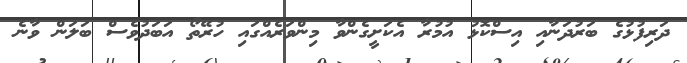
ދަރިފުޅުގެ ބަރުދަނާއި އިސްކޮޅު އުމުރާ އެކަށީގެންވާ މިންވަރެއްގައި ހުރޭތޯ އަބަދުވެސް ބަލަން ވާނެ